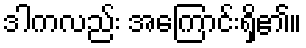
ဒါကလည်း အကြောင်းရှိ၏။